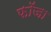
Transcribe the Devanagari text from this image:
फॉजा